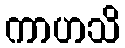
ကာဟသိ